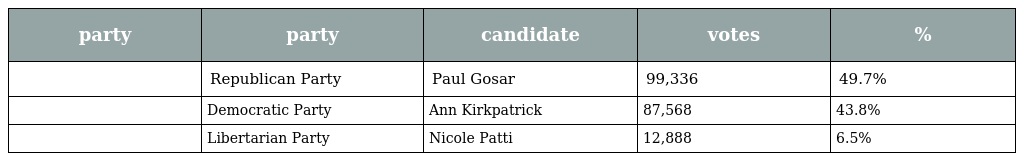
| party | party | candidate | votes | % |
 | --- | --- | --- | --- | --- |
 |  | Republican Party | Paul Gosar | 99,336 | 49.7% |
 |  | Democratic Party | Ann Kirkpatrick | 87,568 | 43.8% |
 |  | Libertarian Party | Nicole Patti | 12,888 | 6.5% |